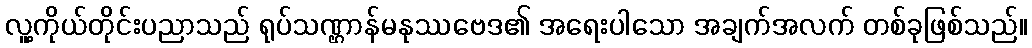
လူ့ကိုယ်တိုင်းပညာသည် ရုပ်သဏ္ဌာန်မနုဿဗေဒ၏ အရေးပါသော အချက်အလက် တစ်ခုဖြစ်သည်။